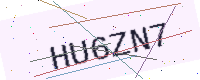
Text: HU6ZN7